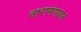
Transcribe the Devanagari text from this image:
तारामंगलम